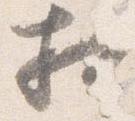
相